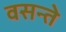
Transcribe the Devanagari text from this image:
वसन्ते